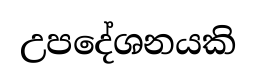
උපදේශනයකි